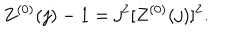
Z ^ { ( 0 ) } ( j ) - 1 = j ^ { 2 } [ Z ^ { ( 0 ) } ( j ) ] ^ { 2 } .